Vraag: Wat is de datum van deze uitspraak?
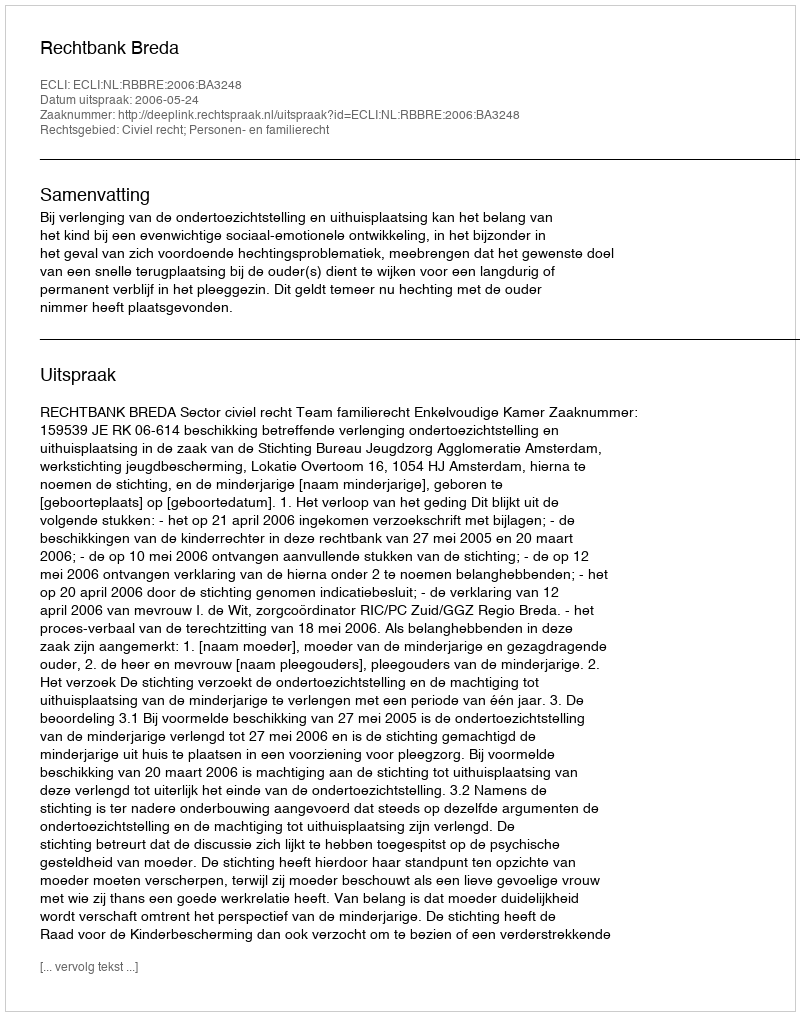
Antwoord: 2006-05-24